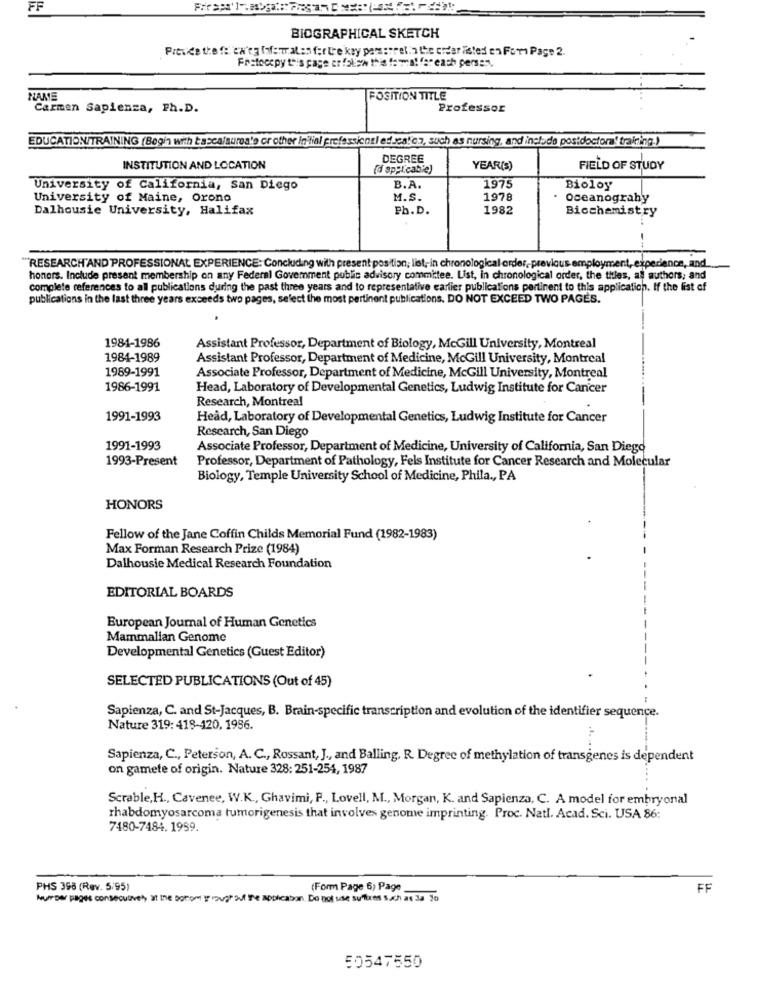
FF
BIOGRAPHICAL SKETCH
Previde the fe en'ta (ofer alen for tee kay parserrel.2 the order listed en For Page2.
Fristoecpy this page er follow this fama! far each perse".
NAME
POSITION TITLE
Carmen Sapienza, Ph.D.
Professor
EDUCATION/TRAINING (Begin with tasca/sures's or other In'linl professionel educatez, such as nursing, and include postdoctoral training.)
DEGREE
INSTITUTION AND LOCATION
(d applicable)
YEAR(S)
FIELD OF STUDY
B.A.
University of California, San Diego
1975
Bioloy
University of Maine, Orono
M.S.
1978
· oceanograhy
Dalhousie University, Halifax
Ph.D.
1982
Biochemistry
"RESEARCH'AND PROFESSIONAL EXPERIENCE: Concluding with present position; list, in chronological order,previous employment, experience, and
honors. Include present membership on any Federal Government public advisory committee. List, in chronological order, the titles, al authors; and
complete references to all publications during the past three years and to representative earlier publications pertinent to this application. If the list of
publications in the last three years exceeds two pages, select the most pertinent publications. DO NOT EXCEED TWO PAGES.
1984-1986
Assistant Professor, Department of Biology, McGill University, Montreal
1984-1989
Assistant Professor, Department of Medicine, McGill University, Montreal
1989-1991
Associate Professor, Department of Medicine, McGill University, Montreal
1986-1991
Head, Laboratory of Developmental Genetics, Ludwig Institute for Cancer
Research, Montreal
1991-1993
Head, Laboratory of Developmental Genetics, Ludwig Institute for Cancer
Research, San Diego
1991-1993
Associate Professor, Department of Medicine, University of California, San Diego
1993-Present
Professor, Department of Pathology, Fels Institute for Cancer Research and Molecular
Biology, Temple University School of Medicine, Phila ., PA
HONORS
Fellow of the Jane Coffin Childs Memorial Fund (1982-1983)
Max Forman Research Prize (1984)
Dalhousie Medical Research Foundation
EDITORIAL BOARDS
European Journal of Human Genetics
Mammalian Genome
Developmental Genetics (Guest Editor)
SELECTED PUBLICATIONS (Out of 45)
Sapienza, C. and St-Jacques, B. Brain-specific transcription and evolution of the identifier sequence.
Nature 319: 418-120, 1986.
Sapienza, C ., Peterson, A. C ., Rossant, J ., and Balling, R. Degree of methylation of transgenes is dependent
on gamefe of origin. Nature 328: 251-254, 1987
Scrable, H ., Cavenee, W.K ., Ghavimi, P ., Lovell, M ., Morgan, K. and Sapienza, C. A model for embryonal
rhabdomyosarcoma tumorigenesis that involves genome imprinting. Proc. Natl. Acad. Sci. USA 86:
7480-7484. 1959.
PHS 398 (Rev. 5/95)
(Form Page 6) Page
FF
Nurpar pages consecutively at the bottom ip rough Suf the applicabon. Do not use suffixes such as 3a ão
50547550